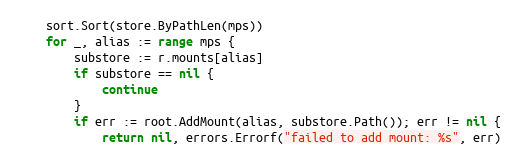
Language: Go
	sort.Sort(store.ByPathLen(mps))
	for _, alias := range mps {
		substore := r.mounts[alias]
		if substore == nil {
			continue
		}
		if err := root.AddMount(alias, substore.Path()); err != nil {
			return nil, errors.Errorf("failed to add mount: %s", err)